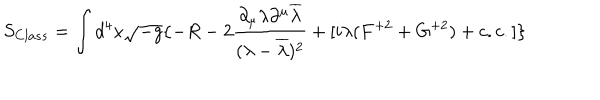
LaTeX: S _ { C l a s s } = \int d ^ { 4 } x \sqrt { - g } \{ - R - 2 \frac { \partial _ { \mu } \lambda \partial ^ { \mu } \overline { { { \lambda } } } } { ( \lambda - \overline { { { \lambda } } } ) ^ { 2 } } + [ i \lambda ( F ^ { + 2 } + G ^ { + 2 } ) + c . c . ] \}